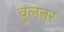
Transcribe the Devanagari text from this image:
वुलनर